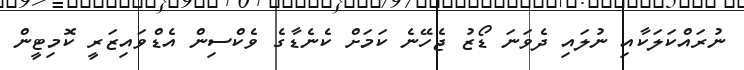
ނުރައްކަލަކާއި ނުލައި ދެވަނަ ޑޯޒު ޖެހޭނެ ކަމަށް ކެނެޑާގެ ވެކްސިން އެޑްވައިޒަރީ ކޮމިޓީން